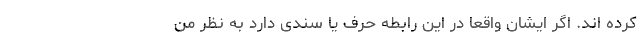
کرده اند. اگر ایشان واقعا در این رابطه حرف یا سندی دارد به نظر من